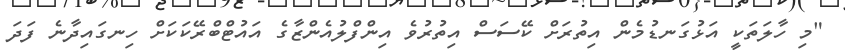
"މި ހާލަތަކީ އަޅުގަނޑުމެން އިތުރަށް ކޭސަސް އިތުރުވެ އިންފްލުއެންޒާގެ އައުޓްބްރޭކަކަށް ހިނގައިދާނެ ފަދަ